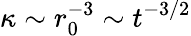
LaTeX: \kappa\sim r_{0}^{-3}\sim t^{-3/2}